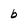
Character: b